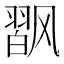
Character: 𱃟